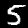
Digit: 5